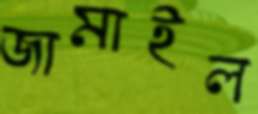
জামাইল